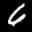
Label: 6